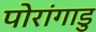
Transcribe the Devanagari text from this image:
पोरांगाडु